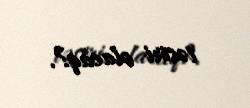
təsiri olacaq?.